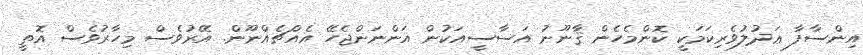
އިންސާފާ ޢަދުލުވެރިކަމަކީ ކޮންމެހެން ޤާނޫނު އަސާސީއަކުން އަންނަންޖެހޭ އެއްޗެއްނޫން. އޭރުވެސް މިހާރުވެސް އޮތީ